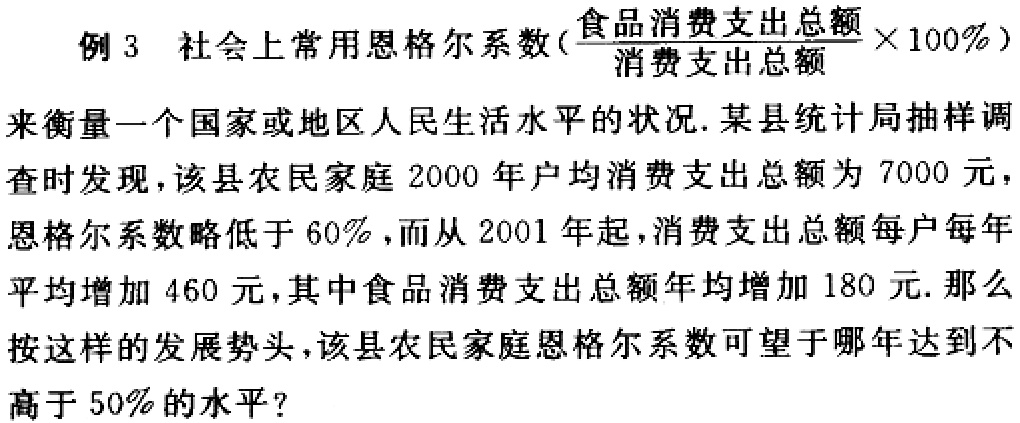
例 3 社会上常用恩格尔系数($\frac{\text{食品消费支出总额}}{\text{消费支出总额}}\times100\%$)来衡量一个国家或地区人民生活水平的状况. 某县统计局抽样调查时发现，该县农民家庭 2000 年户均消费支出总额为 7000 元，恩格尔系数略低于 60%，而从 2001 年起，消费支出总额每户每年平均增加 460 元，其中食品消费支出总额年均增加 180 元. 那么按这样的发展势头，该县农民家庭恩格尔系数可望于哪年达到不高于 50%的水平？